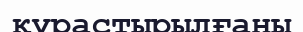
құрастырылғаны